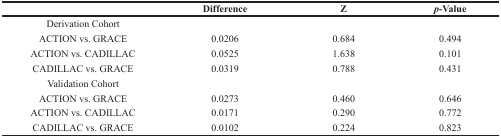
|  | Difference | Z | p-Value |
 | --- | --- | --- | --- |
 | Derivation Cohort |  |  |  |
 | ACTION vs. GRACE | 0.0206 | 0.684 | 0.494 |
 | ACTION vs. CADILLAC | 0.0525 | 1.638 | 0.101 |
 | CADILLAC vs. GRACE | 0.0319 | 0.788 | 0.431 |
 | Validation Cohort |  |  |  |
 | ACTION vs. GRACE | 0.0273 | 0.460 | 0.646 |
 | ACTION vs. CADILLAC | 0.0171 | 0.290 | 0.772 |
 | CADILLAC vs. GRACE | 0.0102 | 0.224 | 0.823 |